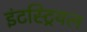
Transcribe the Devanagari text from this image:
इंटस्ट्रियल